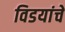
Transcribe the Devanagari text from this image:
विडयांचे